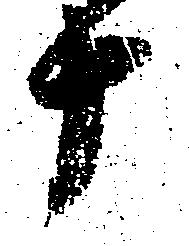
十